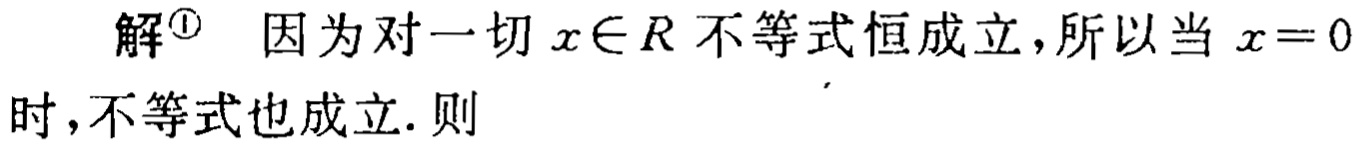
解<sup>\textcircled{1}</sup> 因为对一切 \(x\in R\) 不等式恒成立，所以当 \(x = 0\) 时，不等式也成立. 则